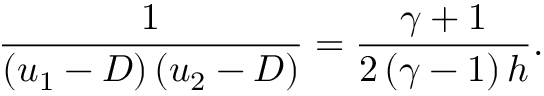
\frac { 1 } { \left( u _ { 1 } - D \right) \left( u _ { 2 } - D \right) } = \frac { \gamma + 1 } { 2 \left( \gamma - 1 \right) h } .